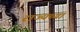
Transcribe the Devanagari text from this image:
राज्यच्या